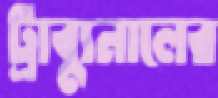
ট্রাব্যুনালের